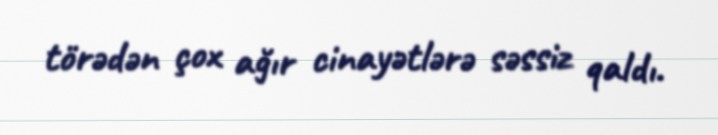
törədən çox ağır cinayətlərə səssiz qaldı.